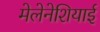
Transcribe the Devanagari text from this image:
मेलेनेशियाई